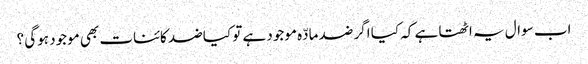
اب سوال یہ اٹھتا ہے کہ کیا اگر ضد مادّہ موجود ہے تو کیا ضد کائنات بھی موجود ہوگی ؟